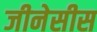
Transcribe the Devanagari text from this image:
जीनेसीस